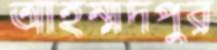
আহম্মদপুর